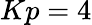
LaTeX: Kp=4